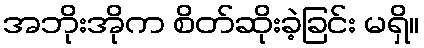
အဘိုးအိုက စိတ်ဆိုးခဲ့ခြင်း မရှိ။